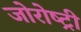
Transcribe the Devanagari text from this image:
जोरोष्ट्री